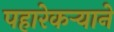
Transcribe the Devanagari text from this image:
पहारेकर्‍याने